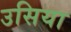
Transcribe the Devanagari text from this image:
उसिया